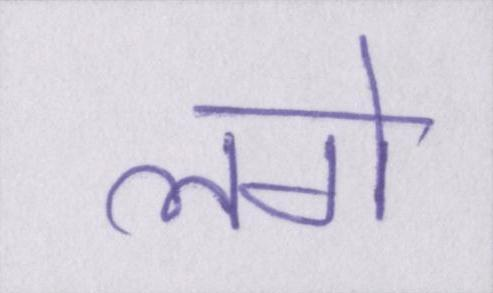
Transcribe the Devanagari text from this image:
लगे